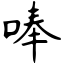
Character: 唪